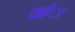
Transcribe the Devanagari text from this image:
यहँा